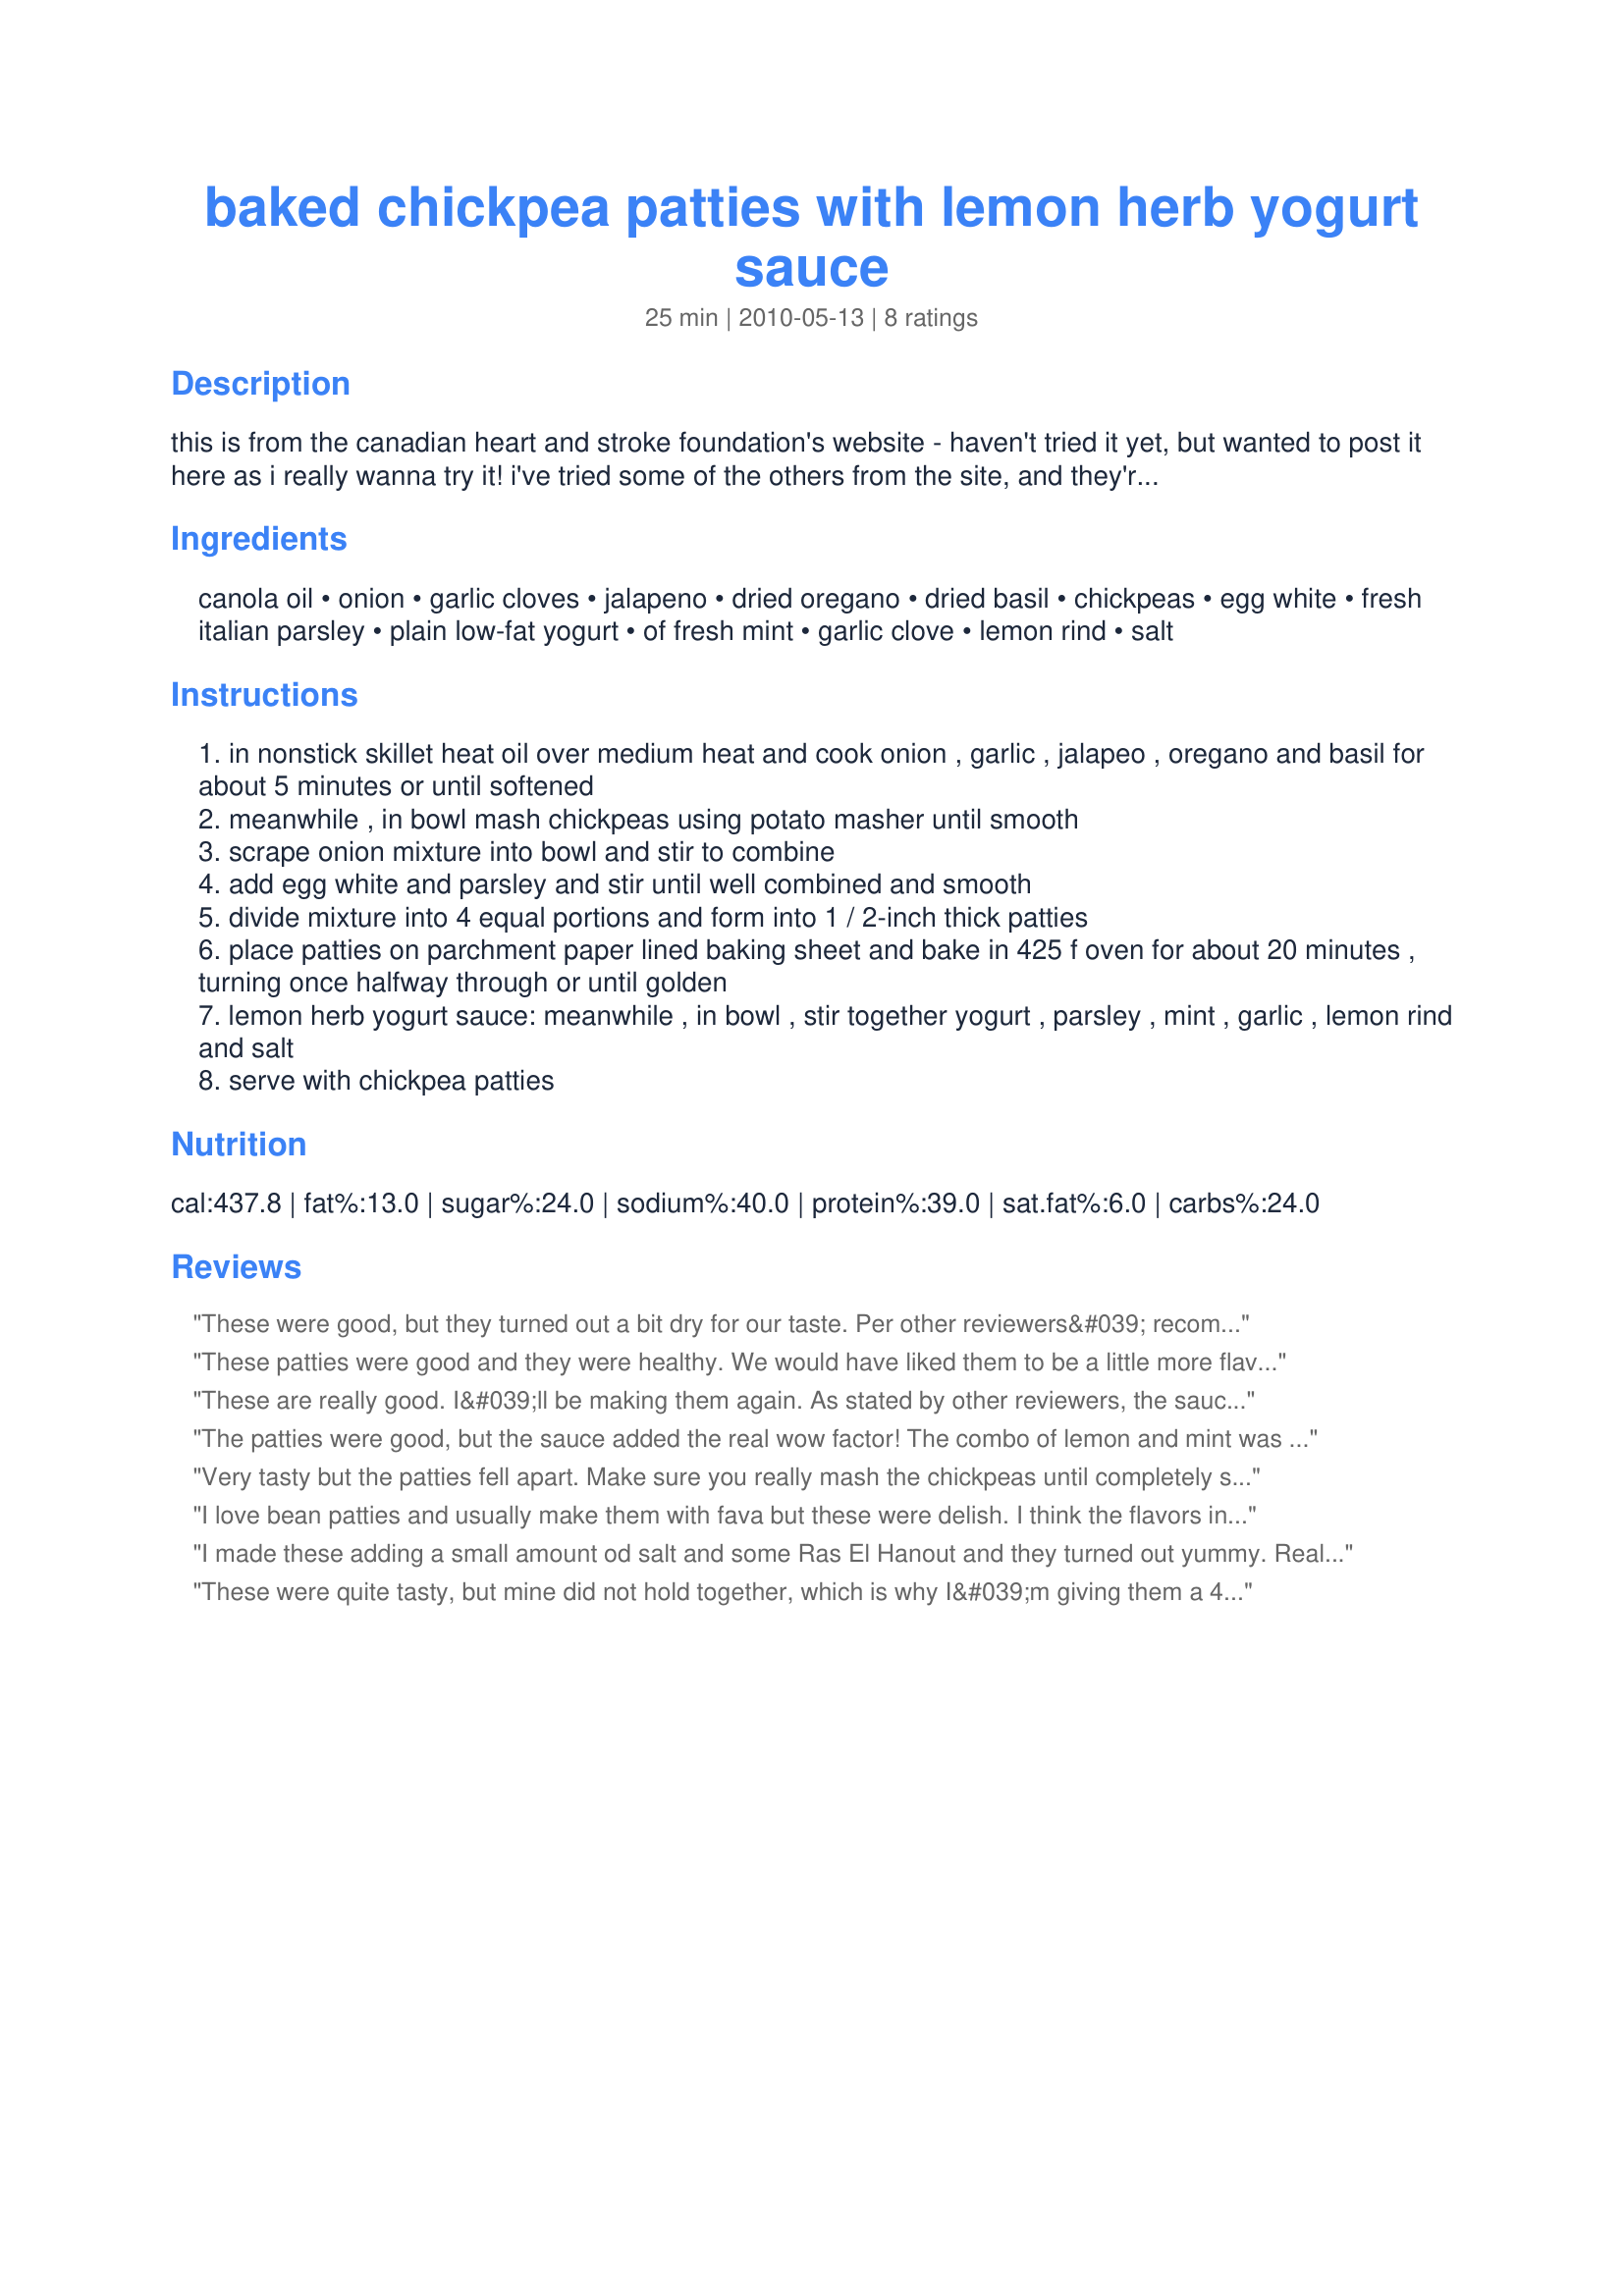
baked chickpea patties with lemon herb yogurt sauce
Preparation time: 25 minutes

this is from the canadian heart and stroke foundation's website - haven't tried it yet, but wanted to post it here as i really wanna try it! i've tried some of the others from the site, and they're all pretty healthy and good! i think they'd be great in a tortilla or pita with some diced tomato and cukes...

Ingredients:
canola oil, onion, garlic cloves, jalapeno, dried oregano, dried basil, chickpeas, egg white, fresh italian parsley, plain low-fat yogurt, of fresh mint, garlic clove, lemon rind, salt

Steps:
in nonstick skillet heat oil over medium heat and cook onion , garlic , jalapeo , oregano and basil for about 5 minutes or until softened
meanwhile , in bowl mash chickpeas using potato masher until smooth
scrape onion mixture into bowl and stir to combine
add egg white and parsley and stir until well combined and smooth
divide mixture into 4 equal portions and form into 1 / 2-inch thick patties
place patties on parchment paper lined baking sheet and bake in 425 f oven for about 20 minutes , turning once halfway through or until golden
lemon herb yogurt sauce: meanwhile , in bowl , stir together yogurt , parsley , mint , garlic , lemon rind and salt
serve with chickpea patties

Reviews:
These were good, but they turned out a bit dry for our taste. Per other reviewers&#039; recommendations I added a bit of salt and extra garlic, which added to the flavor. I had something else in the oven at a lower temp so I baked longer, lower. The yogurt sauce was very good, also, though 1 year old DS preferred ketchup LOL. Made for ZWT 9, Gourmet Goddesses.
These patties were good and they were healthy. We would have liked them to be a little more flavorful, but that may just be personal taste. We rolled them into a Greek flatbread, which worked really well. We served with a side of salad. This wasn't too complicated for a week night, which was appreciated. Thanks!
These are really good. I&#039;ll be making them again. As stated by other reviewers, the sauce makes the recipe. They did take a lot longer to bake than stated but that&#039;s an easy fix. Made for ZWT9 Soup A Stars.
The patties were good, but the sauce added the real wow factor! The combo of lemon and mint was cooling and refreshing, wonderful paired with the bite of the jalapeno in the patties. Thanks for sharing! ZWT8
Very tasty but the patties fell apart. Make sure you really mash the chickpeas until completely smooth!
I love bean patties and usually make them with fava but these were delish. I think the flavors in these are definitely Italian because they also eat chickpeas but next time I will kick them up a notch with African flavors. Went perfectly with the yogurt sauce for a quick lunch. I used the whole egg and mashed up the peas a bit with a fork and sprayed the parchment with canola oil. This is a keeper thanks CG. Made for ZWT 7 :)
I made these adding a small amount od salt and some Ras El Hanout and they turned out yummy. Really loved the yogurt dip! that really pushed them over the top. They were enjoyed with a carrot salad for a lovely summed dinner.
These were quite tasty, but mine did not hold together, which is why I&#039;m giving them a 4 out of 5 stars. Loved the yogurt sauce, though - very yummy! Made for ZWT9.
